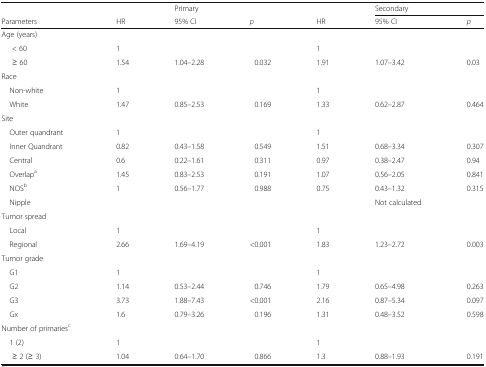
<table><thead><tr><td></td><td></td><td><b>Primary</b></td><td></td><td></td><td colspan="2"><b>Secondary</b></td></tr><tr><td><b>Parameters</b></td><td><b>HR</b></td><td><b>95% CI</b></td><td><b><i>p</i></b></td><td><b>HR</b></td><td><b>95% CI</b></td><td><b><i>p</i></b></td></tr></thead><tbody><tr><td>Age (years)</td><td></td><td></td><td></td><td></td><td></td><td></td></tr><tr><td>&lt; 60</td><td>1</td><td></td><td></td><td>1</td><td></td><td></td></tr><tr><td>≥ 60</td><td>1.54</td><td>1.04–2.28</td><td>0.032</td><td>1.91</td><td>1.07–3.42</td><td>0.03</td></tr><tr><td>Race</td><td></td><td></td><td></td><td></td><td></td><td></td></tr><tr><td> Non-white</td><td>1</td><td></td><td></td><td>1</td><td></td><td></td></tr><tr><td> White</td><td>1.47</td><td>0.85–2.53</td><td>0.169</td><td>1.33</td><td>0.62–2.87</td><td>0.464</td></tr><tr><td>Site</td><td></td><td></td><td></td><td></td><td></td><td></td></tr><tr><td> Outer quandrant</td><td>1</td><td></td><td></td><td>1</td><td></td><td></td></tr><tr><td> Inner Quandrant</td><td>0.82</td><td>0.43–1.58</td><td>0.549</td><td>1.51</td><td>0.68–3.34</td><td>0.307</td></tr><tr><td> Central</td><td>0.6</td><td>0.22–1.61</td><td>0.311</td><td>0.97</td><td>0.38–2.47</td><td>0.94</td></tr><tr><td> Overlap<sup>a</sup></td><td>1.45</td><td>0.83–2.53</td><td>0.191</td><td>1.07</td><td>0.56–2.05</td><td>0.841</td></tr><tr><td> NOS<sup>b</sup></td><td>1</td><td>0.56–1.77</td><td>0.988</td><td>0.75</td><td>0.43–1.32</td><td>0.315</td></tr><tr><td> Nipple</td><td></td><td></td><td></td><td></td><td>Not calculated</td><td></td></tr><tr><td>Tumor spread</td><td></td><td></td><td></td><td></td><td></td><td></td></tr><tr><td> Local</td><td>1</td><td></td><td></td><td>1</td><td></td><td></td></tr><tr><td> Regional</td><td>2.66</td><td>1.69–4.19</td><td>&lt;0.001</td><td>1.83</td><td>1.23–2.72</td><td>0.003</td></tr><tr><td>Tumor grade</td><td></td><td></td><td></td><td></td><td></td><td></td></tr><tr><td> G1</td><td>1</td><td></td><td></td><td>1</td><td></td><td></td></tr><tr><td> G2</td><td>1.14</td><td>0.53–2.44</td><td>0.746</td><td>1.79</td><td>0.65–4.98</td><td>0.263</td></tr><tr><td> G3</td><td>3.73</td><td>1.88–7.43</td><td>&lt;0.001</td><td>2.16</td><td>0.87–5.34</td><td>0.097</td></tr><tr><td> Gx</td><td>1.6</td><td>0.79–3.26</td><td>0.196</td><td>1.31</td><td>0.48–3.52</td><td>0.598</td></tr><tr><td>Number of primaries<sup>c</sup></td><td></td><td></td><td></td><td></td><td></td><td></td></tr><tr><td> 1 (2)</td><td>1</td><td></td><td></td><td>1</td><td></td><td></td></tr><tr><td>≥ 2 (≥ 3)</td><td>1.04</td><td>0.64–1.70</td><td>0.866</td><td>1.3</td><td>0.88–1.93</td><td>0.191</td></tr></tbody></table>